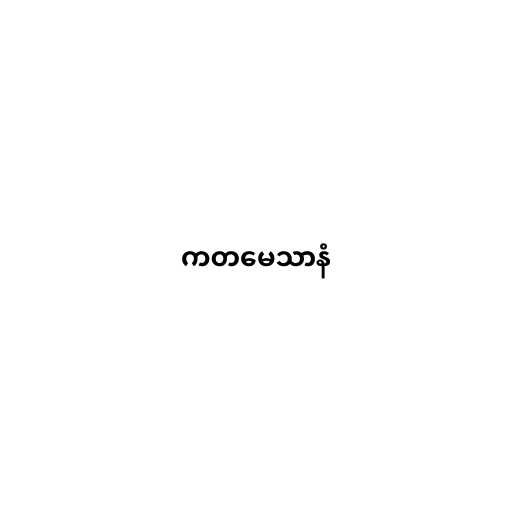
ကတမေသာနံ